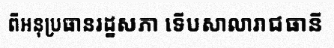
ពីអនុប្រធានរដ្ឋសភា ទើបសាលារាជធានី